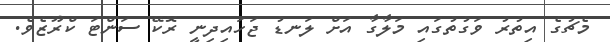
މެޗުގެ އިތުރު ވަގުތުގައި މަލާގާ އަށް ލަނޑު ޖަހައިދިނީ ރޮކޭ ސަންޓަ ކްރޫޒެވެ.